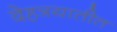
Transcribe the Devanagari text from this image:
देहत्रयातीत